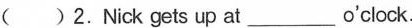
( ) 2.Nick gets up at ___ o'clock.